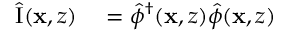
\begin{array} { r l } { \hat { \mathrm { I } } ( \mathbf { x } , z ) } & { { } = \hat { \phi } ^ { \dagger } ( \mathbf { x } , z ) \hat { \phi } ( \mathbf { x } , z ) } \end{array}